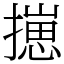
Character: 㩄